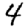
Digit: 4